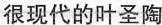
很现代的叶圣陶